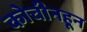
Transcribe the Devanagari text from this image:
कोचीनहून